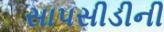
સાપસીડીની